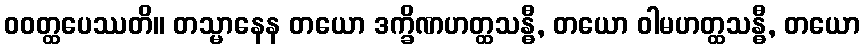
ဝဝတ္ထပေဿတိ။ တသ္မာနေန တယော ဒက္ခိဏဟတ္ထသန္ဓီ, တယော ဝါမဟတ္ထသန္ဓီ, တယော